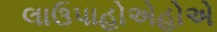
લાઉપાહોએહોએ